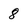
Character: 8